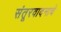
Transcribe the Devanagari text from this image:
संतूरवादनाचे